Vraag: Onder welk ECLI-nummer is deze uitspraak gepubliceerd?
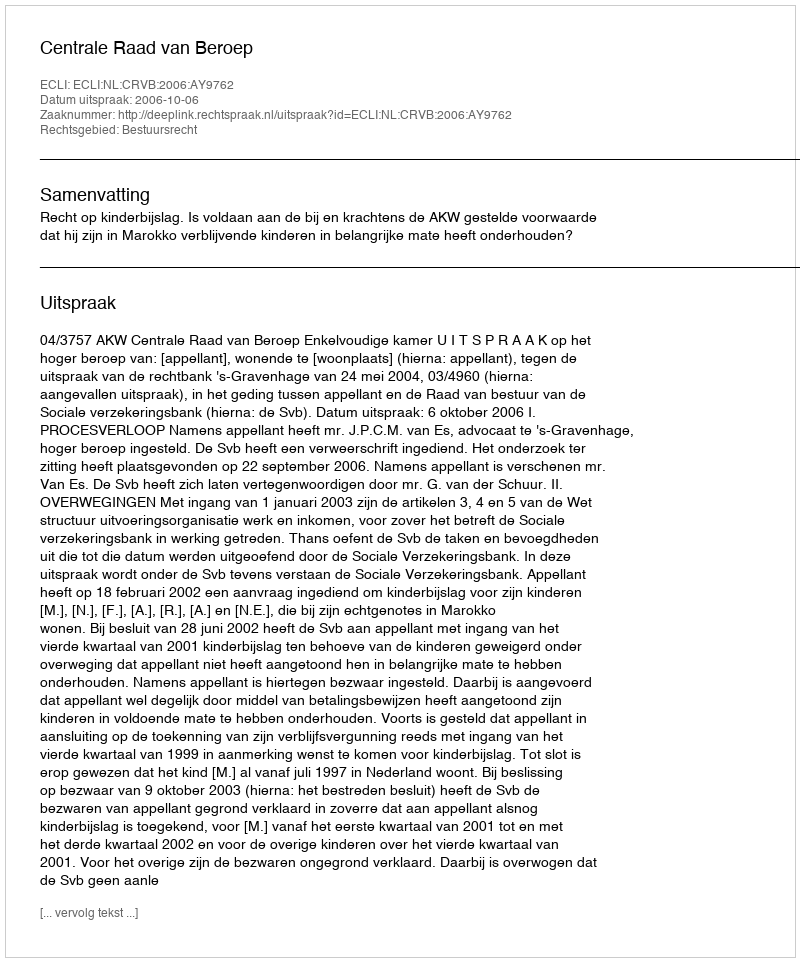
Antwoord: ECLI:NL:CRVB:2006:AY9762